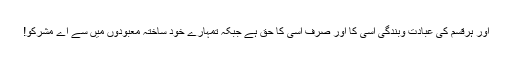
اور ہرقسم کی عبادت وبندگی اسی کا اور صرف اسی کا حق ہے جبکہ تمہارے خود ساختہ معبودوں میں سے اے مشرکو!